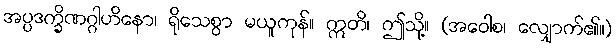
အပ္ပဒက္ခိဏဂ္ဂါဟိနော၊ ရိုသေစွာ မယူကုန်။ ဣတိ၊ ဤသို့။ (အဝေါစ၊ လျှောက်၏။)